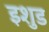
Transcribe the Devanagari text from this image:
इशुड